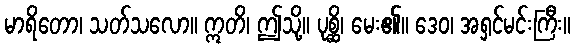
မာရိတော၊ သတ်သလော။ ဣတိ၊ ဤသို့။ ပုစ္ဆိ၊ မေး၏။ ဒေဝ၊ အရှင်မင်းကြီး။